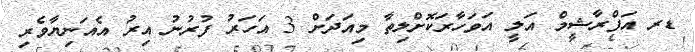
ޑރ އަފްރާޝީމް އަލީ އަވަހާރަކޮށްލިތާ މިއަދަށް 3 އަހަރު ފުރުނު އިރު އެއަނިޔާވެރި